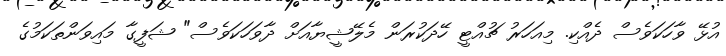
އުޅޭ ވާހަކަވެސް ދެއްކި. މިއަހަރު ޗުއްޓީ ހޭދަކުރަން މެލޭޝީޔާއަށް ދާވަހަކަވެސް" ޝަފީގާ މައިވަންތަކަމުގެ